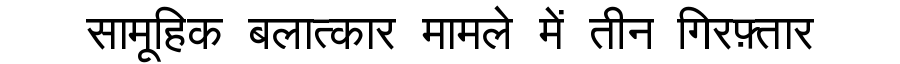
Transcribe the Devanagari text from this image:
सामूहिक बलात्कार मामले में तीन गिरफ़्तार